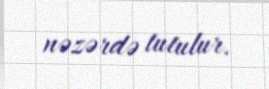
nəzərdə tutulur.